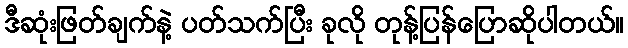
ဒီဆုံးဖြတ်ချက်နဲ့ ပတ်သက်ပြီး ခုလို တုန့်ပြန်ပြောဆိုပါတယ်။